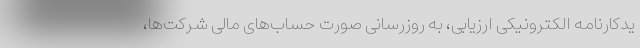
یدکارنامه الکترونیکی ارزیابی، به روزرسانی صورت حساب‌های مالی شرکت‌ها،